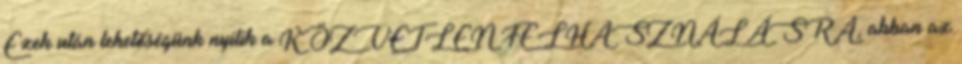
Ezek után lehetőségünk nyílik a KÖZVETLEN FELHASZNÁLÁSRA, abban az